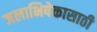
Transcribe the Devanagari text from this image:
जलाभिषेकासाठी